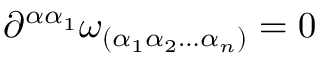
\partial ^ { \alpha \alpha _ { 1 } } \omega _ { ( \alpha _ { 1 } \alpha _ { 2 } \ldots \alpha _ { n } ) } = 0